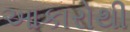
આકારોથી